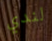
لندي